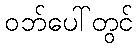
ဝဘ်ပေါ်တွင်